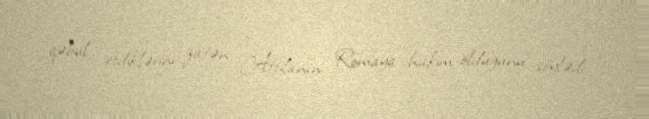
qəbul etdiklərini zatən Attilanın Romaya hakim oldugunu söylədi.